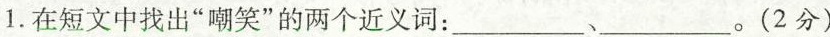
1.在短文中找出”嘲笑”的两个近义词：___、___。